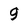
Character: g